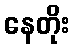
နေတိုး